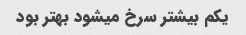
یکم بیشتر سرخ میشود بهتر بود